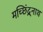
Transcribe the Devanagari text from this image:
मच्छिंद्र्नाथ